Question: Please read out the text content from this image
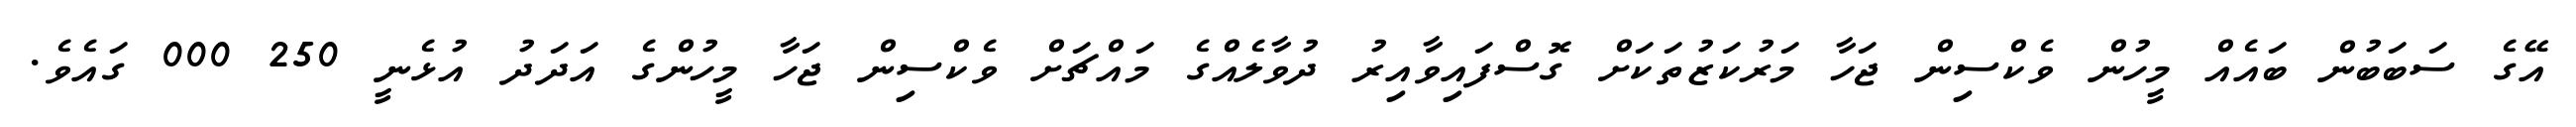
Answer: އޭގެ ސަބަބުން ބައެއް މީހުން ވެކްސިން ޖަހާ މަރުކަޒުތަކަށް ގޮސްފައިވާއިރު ދުވާލެއްގެ މައްޗަށް ވެކްސިން ޖަހާ މީހުންގެ އަދަދު އުޅެނީ 250 000 ގައެވެ.